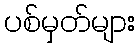
ပစ်မှတ်များ